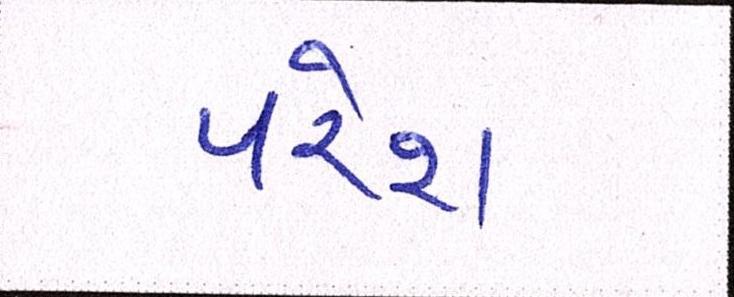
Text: પરેશ